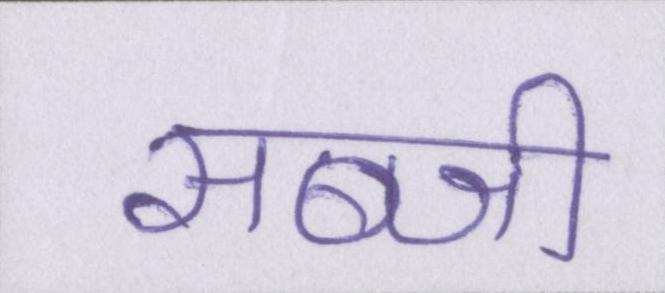
सब्जी